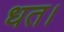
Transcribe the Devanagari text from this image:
धत।